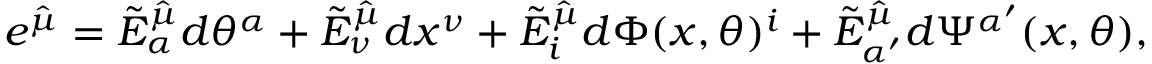
e ^ { \hat { \mu } } = \tilde { E } _ { \alpha } ^ { \hat { \mu } } d \theta ^ { \alpha } + \tilde { E } _ { \nu } ^ { \hat { \mu } } d x ^ { \nu } + \tilde { E } _ { i } ^ { \hat { \mu } } d \Phi ( x , \theta ) ^ { i } + \tilde { E } _ { \alpha ^ { \prime } } ^ { \hat { \mu } } d \Psi ^ { \alpha ^ { \prime } } ( x , \theta ) ,